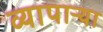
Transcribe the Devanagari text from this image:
व्यापाऱ्या